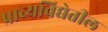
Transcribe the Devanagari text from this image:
प्राच्यविद्येतील